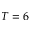
T = 6